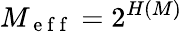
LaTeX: M_{\mathrm{~e~f~f~}}=2^{H(M)}